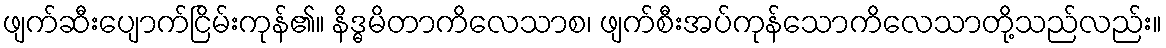
ဖျက်ဆီးပျောက်ငြိမ်းကုန်၏။ နိဒ္ဓမိတာကိလေသာစ၊ ဖျက်စီးအပ်ကုန်သောကိလေသာတို့သည်လည်း။